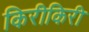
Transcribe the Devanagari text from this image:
किरीकिरी